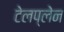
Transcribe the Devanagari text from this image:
टेलप्लेन